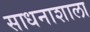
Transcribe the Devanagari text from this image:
साधनाशाला